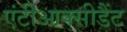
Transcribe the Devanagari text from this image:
एंटीआक्सीडैंट